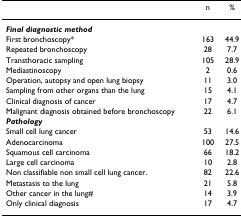
<table><thead><tr><td></td><td><b>n</b></td><td><b>%</b></td></tr></thead><tbody><tr><td><b><i>Final diagnostic method</i></b></td><td></td><td></td></tr><tr><td>First bronchoscopy*</td><td>163</td><td>44.9</td></tr><tr><td>Repeated bronchoscopy</td><td>28</td><td>7.7</td></tr><tr><td>Transthoracic sampling</td><td>105</td><td>28.9</td></tr><tr><td>Mediastinoscopy</td><td>2</td><td>0.6</td></tr><tr><td>Operation, autopsy and open lung biopsy</td><td>11</td><td>3.0</td></tr><tr><td>Sampling from other organs than the lung</td><td>15</td><td>4.1</td></tr><tr><td>Clinical diagnosis of cancer</td><td>17</td><td>4.7</td></tr><tr><td>Malignant diagnosis obtained before bronchoscopy</td><td>22</td><td>6.1</td></tr><tr><td><b><i>Pathology</i></b></td><td></td><td></td></tr><tr><td>Small cell lung cancer</td><td>53</td><td>14.6</td></tr><tr><td>Adenocarcinoma</td><td>100</td><td>27.5</td></tr><tr><td>Squamous cell carcinoma</td><td>66</td><td>18.2</td></tr><tr><td>Large cell carcinoma</td><td>10</td><td>2.8</td></tr><tr><td>Non classifiable non small cell lung cancer.</td><td>82</td><td>22.6</td></tr><tr><td>Metastasis to the lung</td><td>21</td><td>5.8</td></tr><tr><td>Other cancer in the lung#</td><td>14</td><td>3.9</td></tr><tr><td>Only clinical diagnosis</td><td>17</td><td>4.7</td></tr></tbody></table>